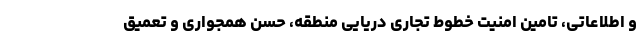
و اطلاعاتی، تامین امنیت خطوط تجاری دریایی منطقه، حسن همجواری و تعمیق